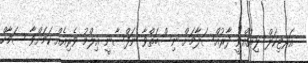
އަރޓިކަލް ލިޔުއްވީ ދާރުއްސަލާމަށް ނިސްބަތްވާ ނަފްސާނީ ޢިލްމު ވެރިއެއް ކަމަށްވާ ސަމާހް